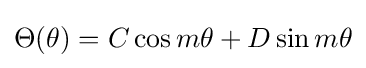
\Theta (\theta )=C\cos m\theta +D\sin m\theta